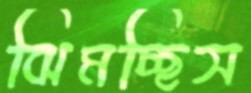
ঝিমচ্ছিস